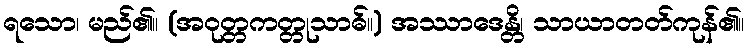
ရသော၊ မည်၏။ (အဝုတ္တကတ္တုသာဓ်။) အဿာဒေန္တိ၊ သာယာတတ်ကုန်၏။